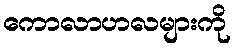
ကောလာဟလများကို